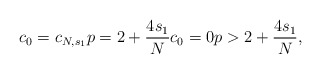
\begin{align*}c_0=c_{N, s_1} p=2+\frac{4s_1}{N} c_0=0 p>2+\frac{4s_1}{N},\end{align*}